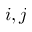
i , j